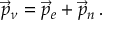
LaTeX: \vec { p } _ { \nu } = \vec { p } _ { e } + \vec { p } _ { n } \, .